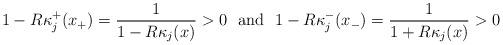
LaTeX: \begin{align*}1- R\kappa^+_j(x_+) = \frac 1{1-R\kappa_j(x)} > 0\ \mbox{ and }\ 1- R\kappa^-_j(x_-) = \frac 1{1+R\kappa_j(x)} >0\end{align*}